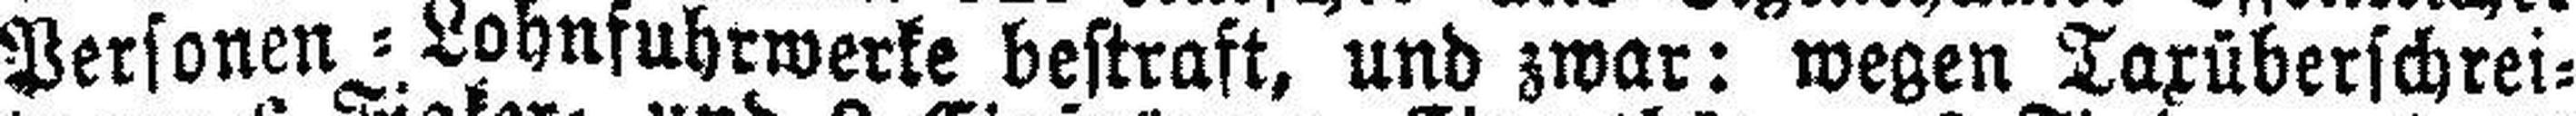
Personen=Lohnfuhrwerke bestraft, und zwar: wegen Taxüberschrei¬